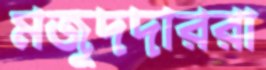
মজুদদাররা